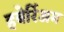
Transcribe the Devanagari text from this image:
हबेर्रिअम